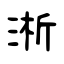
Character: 淅